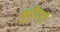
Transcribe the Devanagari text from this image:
कुट्टीयाडी